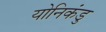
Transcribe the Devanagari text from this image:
योनिकंडु